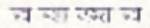
রবাজার